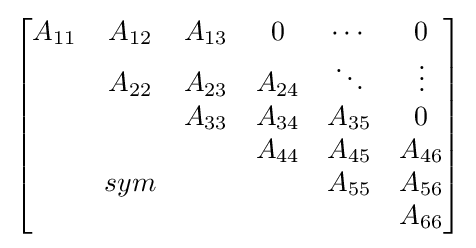
{\begin{bmatrix}A_{11}&A_{12}&A_{13}&0&\cdots &0\\&A_{22}&A_{23}&A_{24}&\ddots &\vdots \\&&A_{33}&A_{34}&A_{35}&0\\&&&A_{44}&A_{45}&A_{46}\\&sym&&&A_{55}&A_{56}\\&&&&&A_{66}\end{bmatrix}}